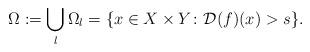
LaTeX: \begin{align*} \Omega:=\bigcup_l \Omega_l=\{x\in X\times Y\colon \mathcal{D}(f)(x)>s\}.\end{align*}